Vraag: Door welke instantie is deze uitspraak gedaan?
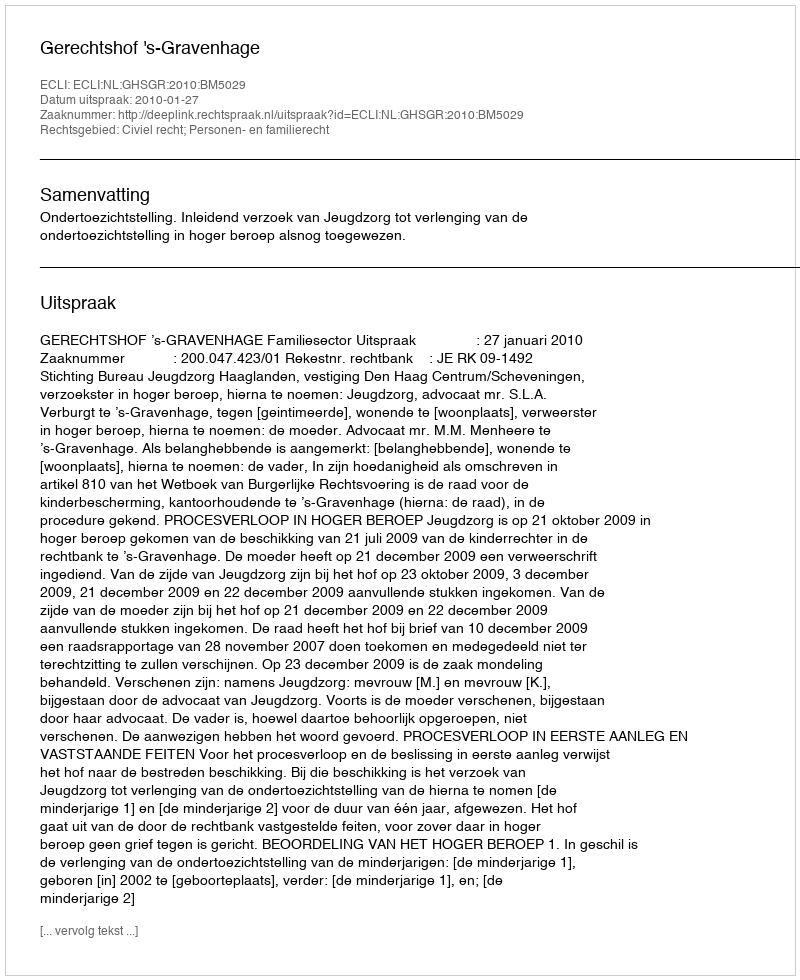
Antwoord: Gerechtshof 's-Gravenhage